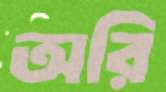
অরি